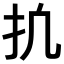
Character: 𫼕